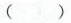
()